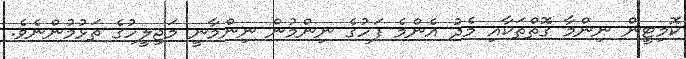
ކޮމިޓީން ނިންމާ ގޮތްތަކާއި މެދު އެންމެ ފަހުގެ ނިންމުން ނިންމާނީ މަޖިލީހުގެ ތަޅުމުންނެވެ.